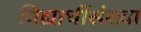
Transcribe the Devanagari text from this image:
विद्यार्थीसंख्या